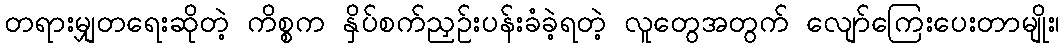
တရားမျှတရေးဆိုတဲ့ ကိစ္စက နှိပ်စက်ညှဉ်းပန်းခံခဲ့ရတဲ့ လူတွေအတွက် လျော်ကြေးပေးတာမျိုး၊